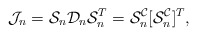
\begin{align*}\mathcal{J}_n=\mathcal{S}_n\mathcal{D}_n\mathcal{S}_n^T=\mathcal{S}^\mathcal{C}_n[\mathcal{S}^\mathcal{C}_n]^T,\end{align*}